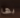
بها